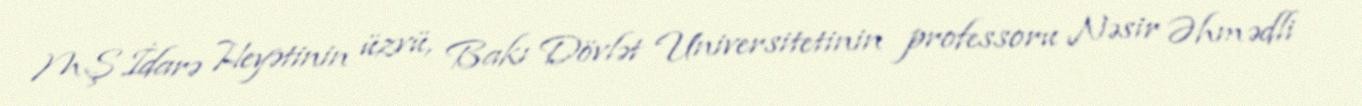
MŞ İdarə Heyətinin üzvü, Bakı Dövlət Universitetinin professoru Nəsir Əhmədli